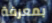
بمعرفة